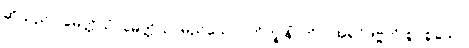
ဆိုသည်၊] မေတ္တိယံ၊ မေတ္တိယာမည်သော။ ဘိက္ခုနိံ၊ ကို။ [အရှင်ဒဗ္ဗကို စွပ်စွဲသော